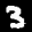
Label: 3